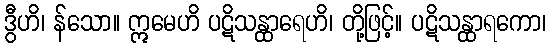
ဒွီဟိ၊ န်သော။ ဣမေဟိ ပဋိသန္ထာရေဟိ၊ တို့ဖြင့်။ ပဋိသန္ထာရကော၊